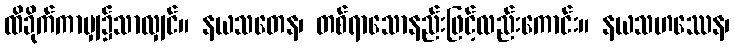
ထိခိုက်ကာမျှ၌သာလျှင်။ နယသတေန၊ တစ်ရာသောနည်းဖြင့်လည်းကောင်း။ နယသဟဿေန၊